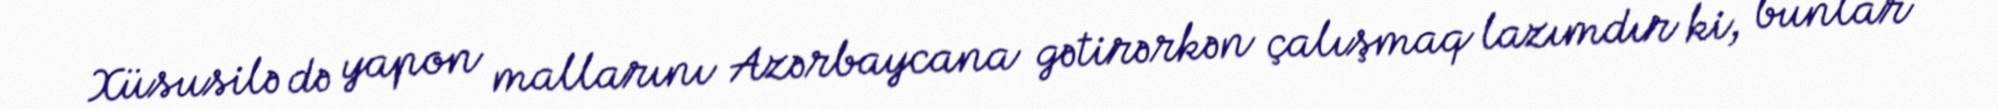
Xüsusilə də yapon mallarını Azərbaycana gətirərkən çalışmaq lazımdır ki, bunlar